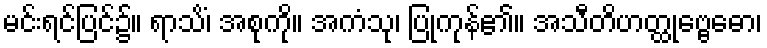
မင်းရင်ပြင်၌။ ရာသိံ၊ အစုကို။ အကံသု၊ ပြုကုန်၏။ အသီတိဟတ္ထုဗ္ဗေဓော၊